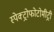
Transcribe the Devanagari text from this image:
स्पेक्ट्रोफोटोमीट्री